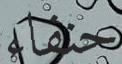
حنفاء